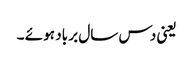
یعنی دس سال بر باد ہو ئے ۔